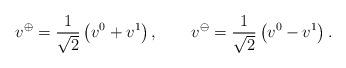
LaTeX: \begin{align*} v^\oplus = \frac{1}{\sqrt{2}} \left( v^0 + v^1 \right), \qquad v^\ominus = \frac{1}{\sqrt{2}} \left( v^0 - v^1 \right).\end{align*}